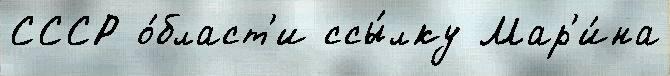
СССР о́бласт'и ссы́лку Мар'и́на